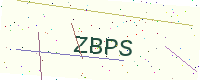
Text: ZBPS